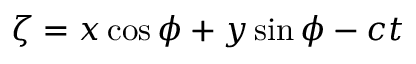
\zeta = x \cos \phi + y \sin \phi - c t